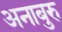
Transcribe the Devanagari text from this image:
अनाबुरु